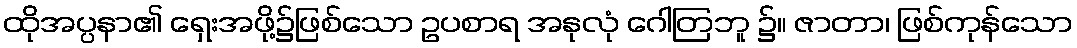
ထိုအပ္ပနာ၏ ရှေးအဖို့၌ဖြစ်သော ဥပစာရ အနုလုံ ဂေါတြဘူ ၌။ ဇာတာ၊ ဖြစ်ကုန်သော